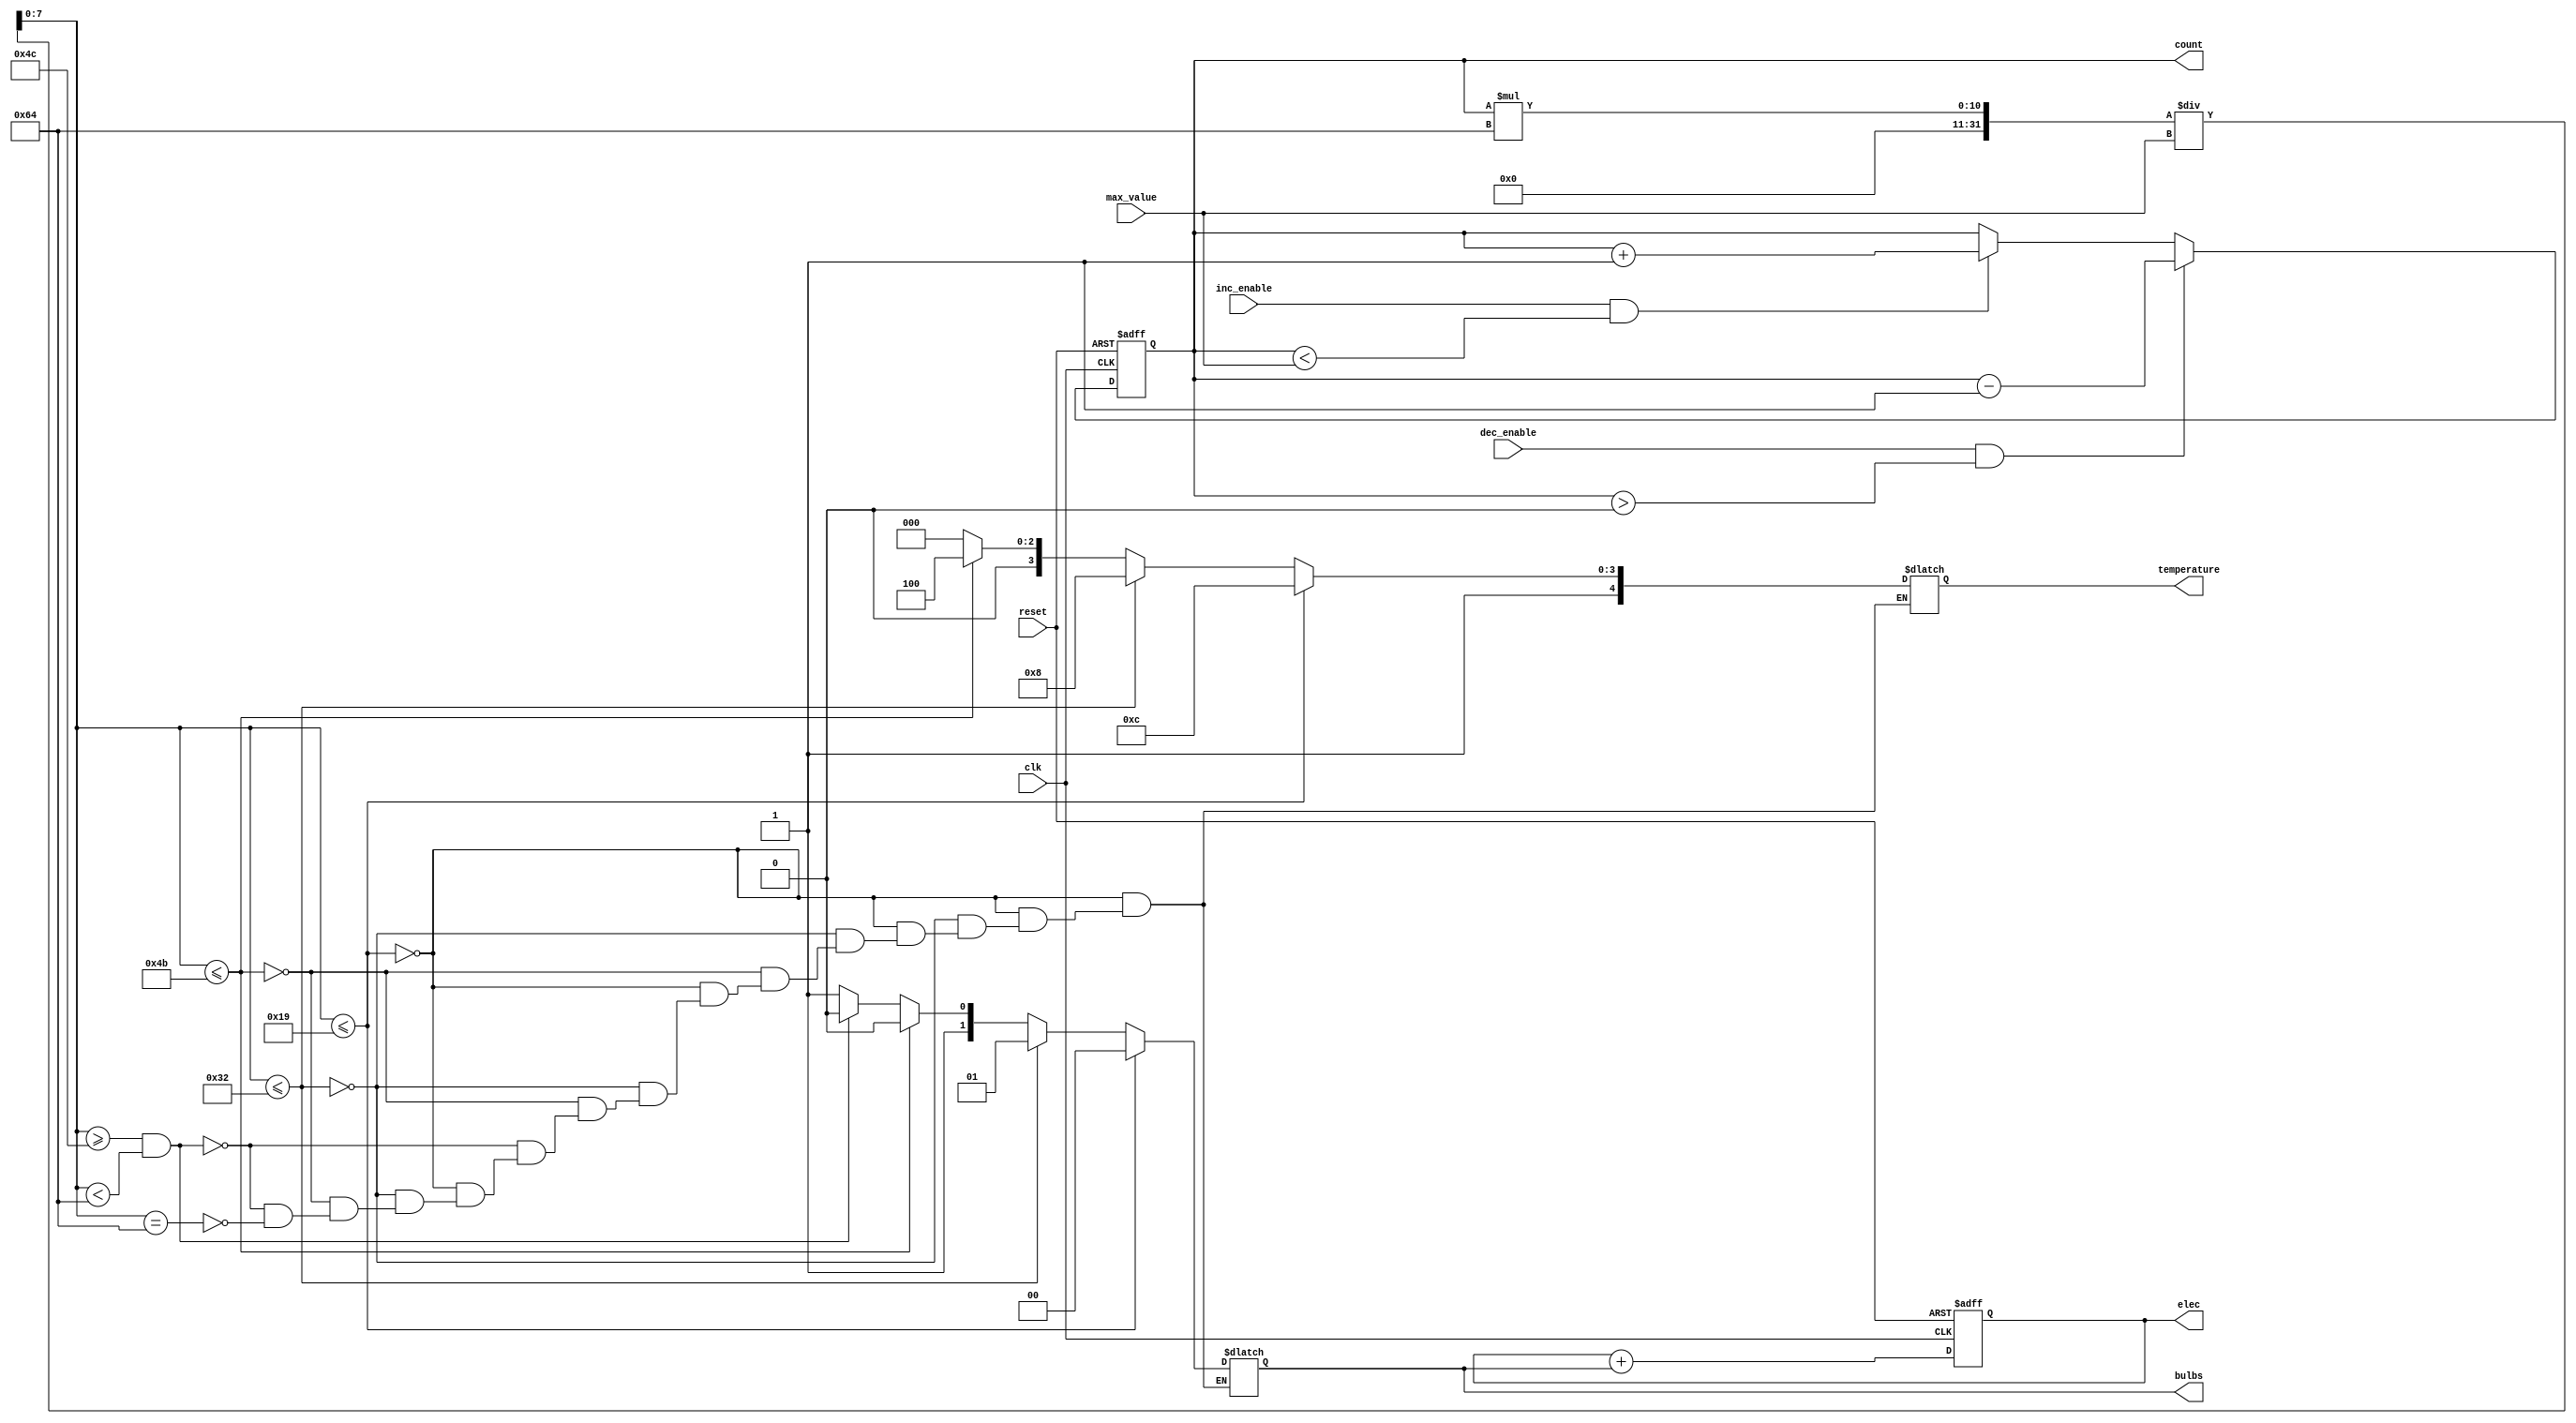
module BinaryCounter4BitWithColors (
  input wire clk,          // Clock input
  input wire reset,        // Reset input
  input wire inc_enable,   // Increment enable input
  input wire dec_enable,   // Decrement enable input
  input wire [3:0] max_value, // Maximum value for the counter
  output reg [3:0] count,  // 4-bit binary counter output
  output reg [1:0] bulbs,  // 2-bit output for bulbs indication (00: green, 01: blue, 10: yellow, 11: red)
  output reg [4:0] temperature,  // 5-bit output for controlling temperature
  output reg [6:0] elec // electricity bill
);

  reg [7:0] percentage;  // 8-bit register to hold the percentage of the count

  always @* begin
    // Calculate the percentage of the count based on the current count value
    percentage = (count * 100) / max_value;
  end

  always @(posedge clk or posedge reset) begin
    elec = elec + bulbs;

    if (reset) begin
      count <= 4'b0000;  // Reset the counter to 0 when the reset signal is asserted
      elec = 6'b000000;
    end else begin
      if (inc_enable && (count < max_value)) begin
        count <= count + 4'b0001; // Increment the counter if enabled and below the maximum value
      end
      if (dec_enable && (count > 4'b0000)) begin
        count <= count - 4'b0001; // Decrement the counter if enabled and above 0
      end
    end
  end

  always @* begin
    if (percentage <= 25) begin
      bulbs = 2'b00;  // Green (0-25%)
      temperature = 5'b11100;  // Set the temperature to 28 degrees
    end else if (percentage <= 50) begin
      bulbs = 2'b01;  // Blue (26-50%)
      temperature = 5'b11000;  // Set the temperature to 24 degrees
    end else if (percentage <= 75) begin
      bulbs = 2'b10;  // Yellow (51-75%)
      temperature = 5'b10100;  // Set the temperature to 20 degrees
    end else if (percentage >= 76 && percentage < 100) begin
      bulbs = 2'b10;  // Yellow (76-99%)
      temperature = 5'b10000; 
    end else if(percentage == 100) begin
      bulbs = 2'b11;  // Red (100%)
      temperature = 5'b10000;  // Set the temperature to 16 degrees
    end
  end

endmodule